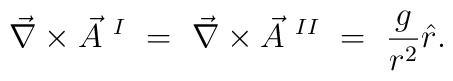
\vec \nabla  \times \vec{A}~^{I} ~=~ \vec \nabla \times\vec{A}~^{II} ~=~{g \over r^2}\hat{r}.